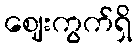
ဈေးကွက်ရှိ